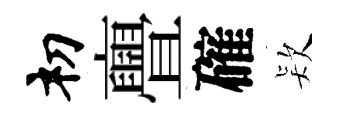
𥘉亹確𣣇